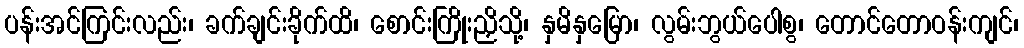
ပန်းအင်ကြင်းလည်း၊ ခက်ချင်းခိုက်ထိ၊ စောင်းကြိုးညှိသို့၊ နှမိနှမြော၊ လွမ်းဘွယ်ပေါစွ၊ တောင်တောဝန်းကျင်၊